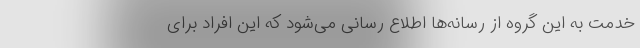
خدمت به این گروه از رسانه‌ها اطلاع رسانی می‌شود که این افراد برای